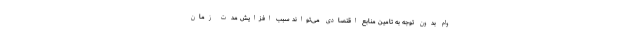
وام بدون توجه به تامین منابع اقتصادی می‌تواند سبب افزایش مدت زمان